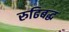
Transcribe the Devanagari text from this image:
रुढिबद्ध